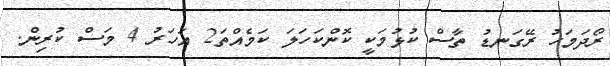
ރޯދަމަހު ރޭގަނޑު ތާސް ކުޅުމަކީ ކޮންކަހަލަ ކަމެއްތަ2 އަހަރު 4 މަސް ކުރިން.